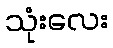
သုံးလေး